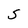
Character: S